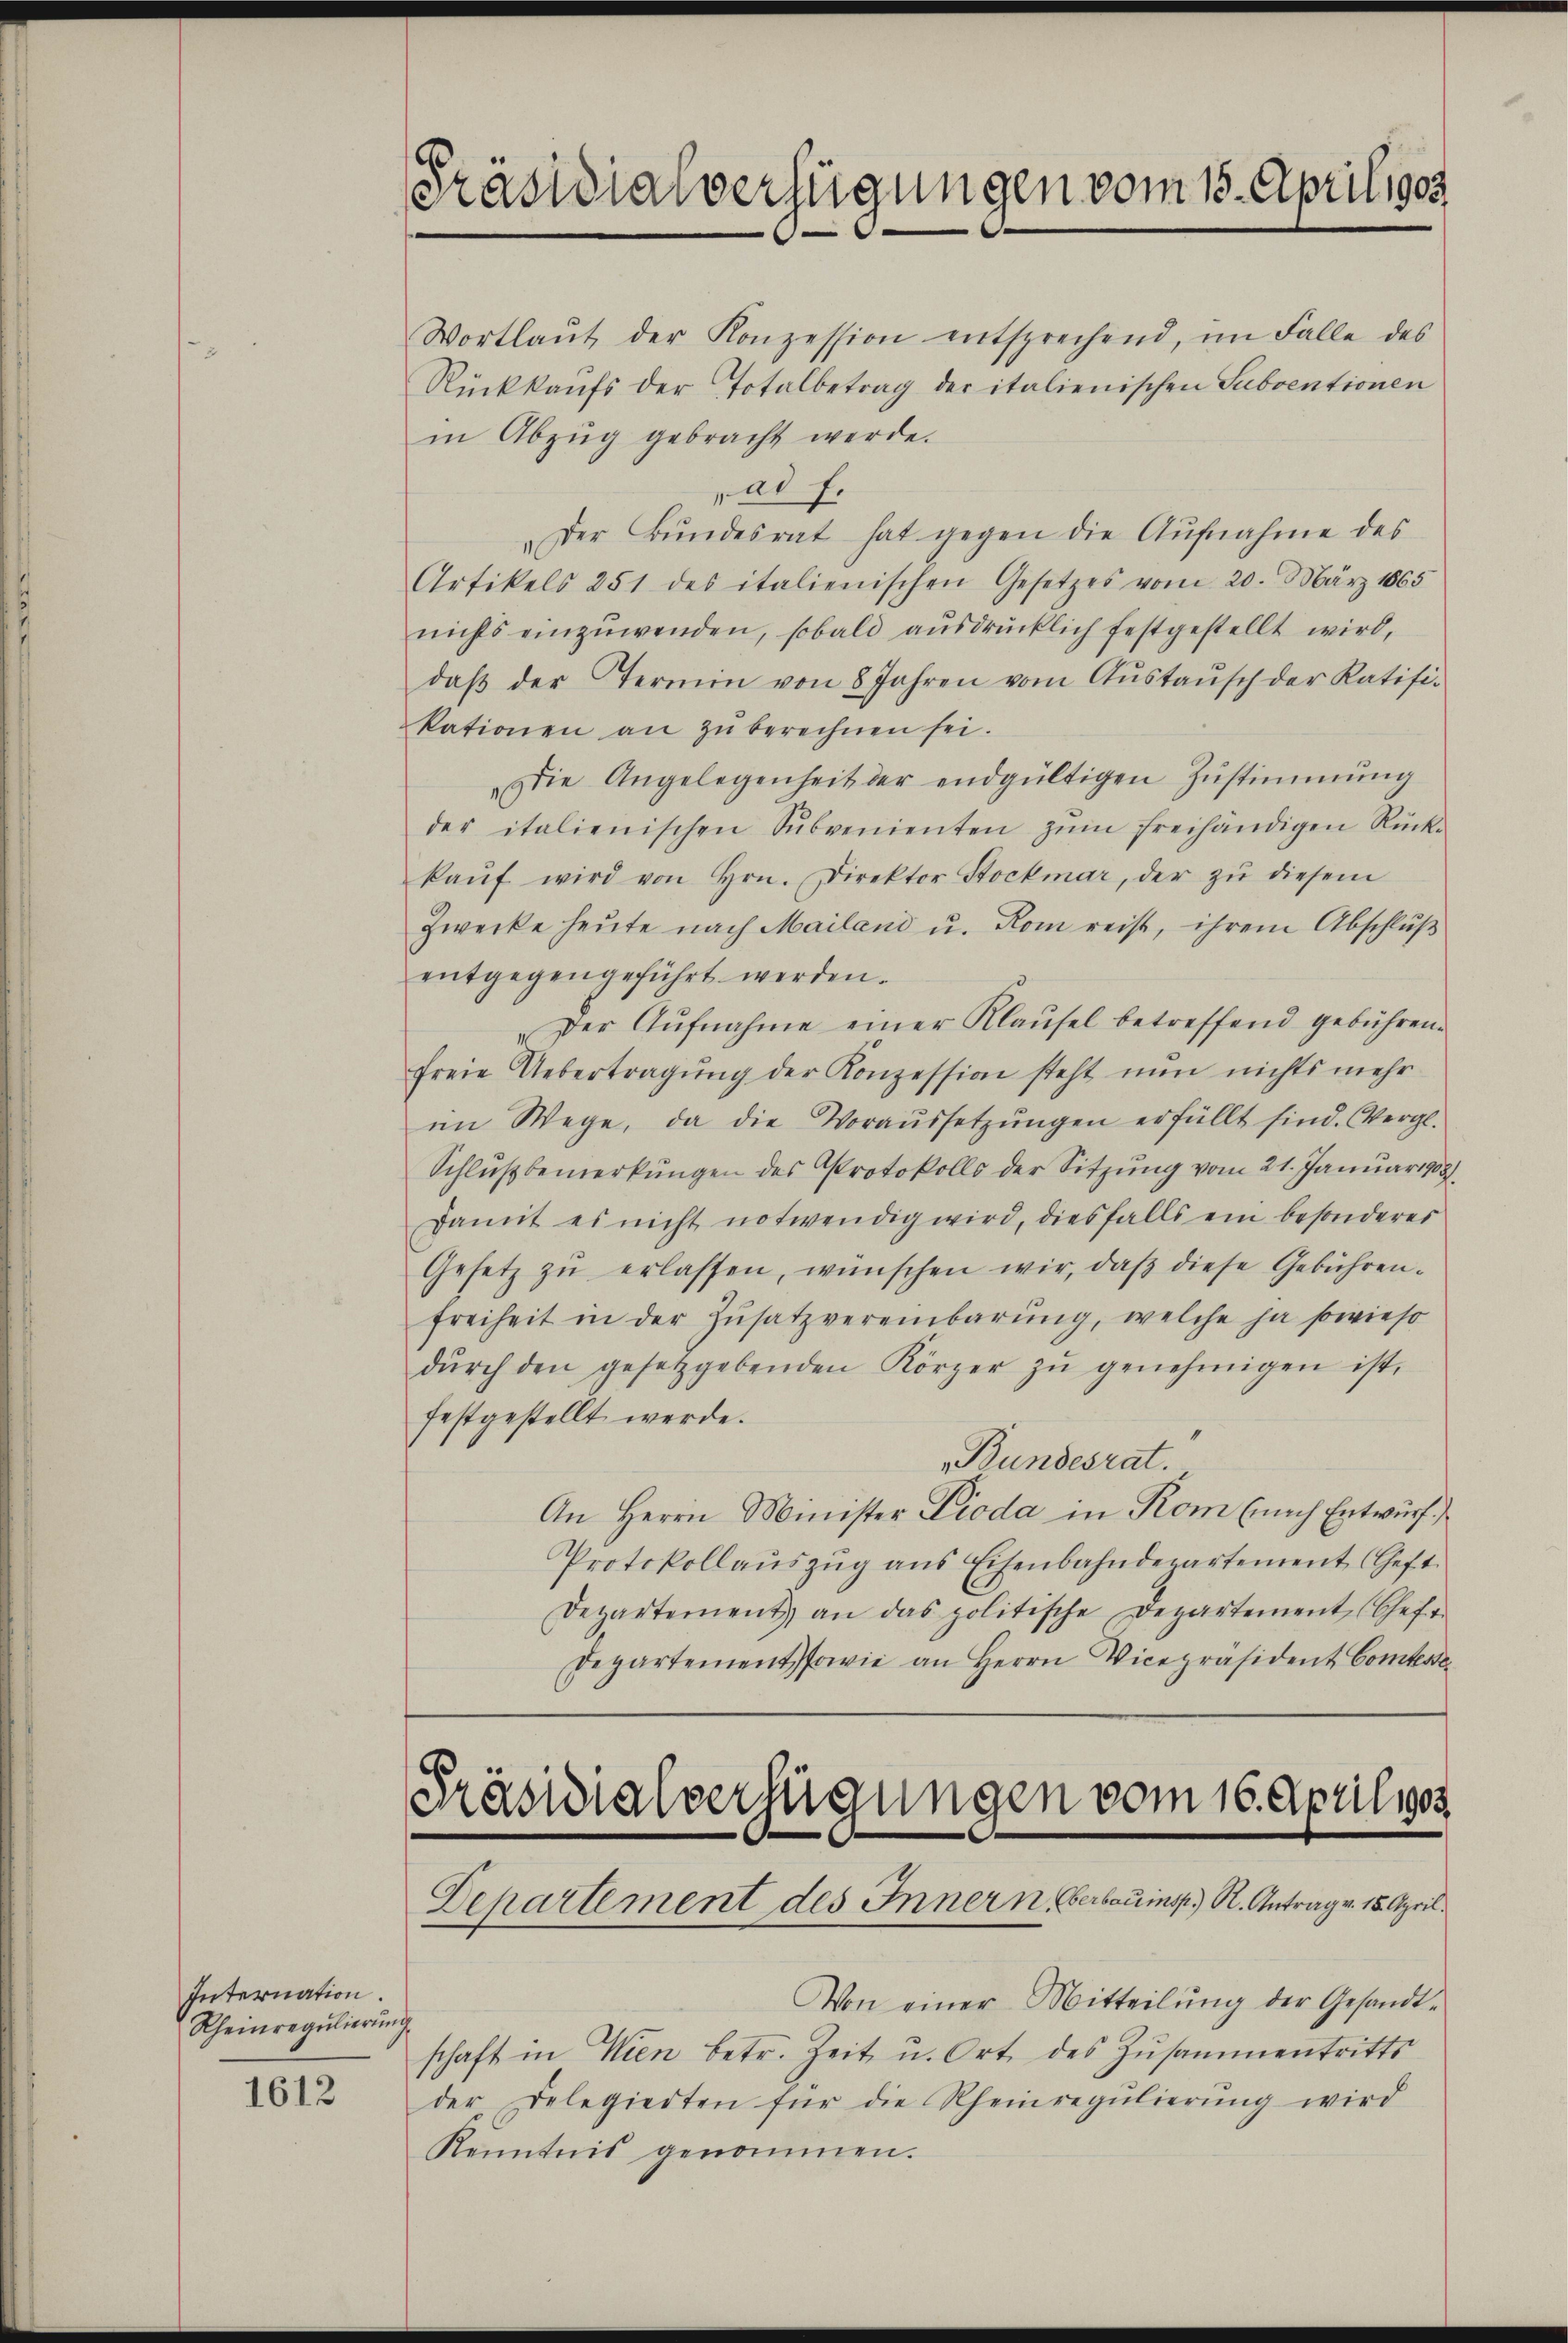
Internation.
Rheinregŭlierŭng

1612

Präsidialverfügungen vom 15. April 1909

Wortlaŭt der Konzession entsprechend, im Falle des
Rückkaufs der Totalbetrag der italienischen Subventionen
in Abzug gebracht werde.
ad f.
Der Bŭndesrat hat gegen die Aŭfnahme des
Artikels 251 des italienischen Gesetzes vom 20. März 1865
nichts einzŭwenden, sobald ausdrücklich festgestellt wird,
daβ der Termin von 8 Jahren vom Aŭstaŭsch der Ratifi-
kationen an zŭ berechnen sei.
Die Angelegenheit der endgültigen Zŭstimmung
der italienischen Sŭbvenienten zŭm freihändigen Rück-
kaŭf wird von Hrn. Direktor Stockmar, der zŭ diesem
Zwecke heŭte nach Mailand u. Rom reist, ihrem Abschlŭβ
entgegengeführt werden.
Der Aŭfnahme einer Klaŭsel betreffend gebühren.
freie Uebertragung der Konzession steht nun nichts mehr
im Wege, da die Voraŭssetzŭngen erfüllt sind. Vergl.
Schlußbemerkungen des Protokolls der Sitzung vom 21. Januar 1888
damit es nicht notwendig wird, diesfalls ein besonderes
Gesetz zŭ erlassen, wünschen wir, daβ diese Gebühren-
freiheit in der Zŭsatzvereinbarŭng, welche ja sowieso
dŭrch den gesetzgebenden Körper zŭ genehmigen ist.
festgestellt werde.
„Bundesrat.
An Herrn Minister Pioda in Rom (nach Entwurf.
Protokollaŭszŭg ans Eisenbahndepartement (Geft.
Departement) an das politische Departement (Cefr.
Departement sowie an Herrn Vicepräsident Comtes

Präsidialverfügungen vom 16. April 183
Departement des Innern Oberbauinsp) R. Antrag v. 15. April.

Von einer Mitteilŭng der Gesandt-
t
schaft in Wien betr. Zeit u. Ort des Zusammentritts
der Delegierten für die Rheinregŭlierŭng wird
Kenntnis genommen.